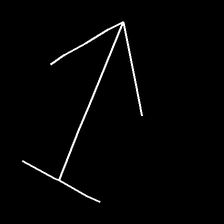
Glyph: levitation